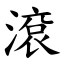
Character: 滾